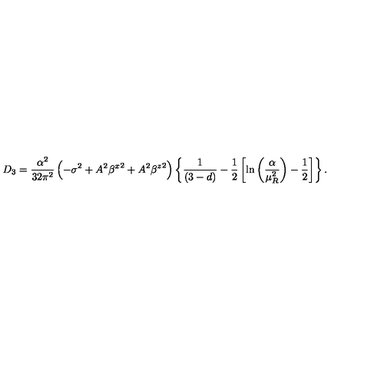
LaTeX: D _ { 3 } = \frac { \alpha ^ { 2 } } { 3 2 \pi ^ { 2 } } \left( - \sigma ^ { 2 } + A ^ { 2 } { \beta ^ { x } } ^ { 2 } + A ^ { 2 } { \beta ^ { z } } ^ { 2 } \right) \left\{ \frac { 1 } { ( 3 - d ) } - \frac { 1 } { 2 } \left[ \ln \left( \frac { \alpha } { \mu _ { R } ^ { 2 } } \right) - \frac { 1 } { 2 } \right] \right\} .